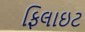
ફિલાઇટ